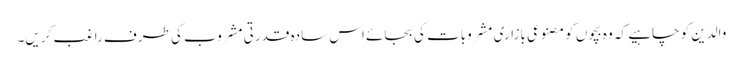
والدین کو چاہیے کہ وہ بچوں کو مصنوعی بازاری مشروبات کی بجائے اس سادہ قدرتی مشروب کی طرف راغب کریں۔